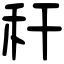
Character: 秆